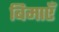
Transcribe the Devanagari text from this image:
बिमाएँ